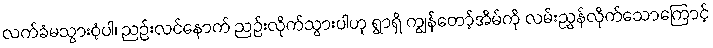
လက်ခံမသွားဝံ့ပါ၊ ညဉ်းလင်နောက် ညဉ်းလိုက်သွားပါဟု ရွာရှိ ကျွန်တော့်အိမ်ကို လမ်းညွှန်လိုက်သောကြောင့်